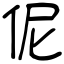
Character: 伲